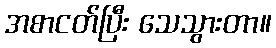
အစာငတ်ပြီး သေသွားတာ။